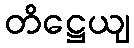
တိဋ္ဌေယျ